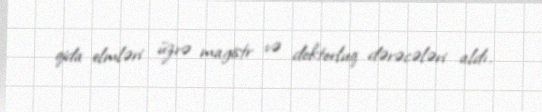
qida elmləri üzrə magistr və doktorluq dərəcələri aldı.